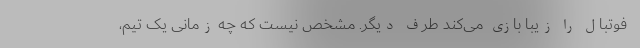
فوتبال را زیبا بازی می‌کند طرف دیگر. مشخص نیست که چه زمانی یک تیم،